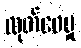
ထုတ်ဝေမှု